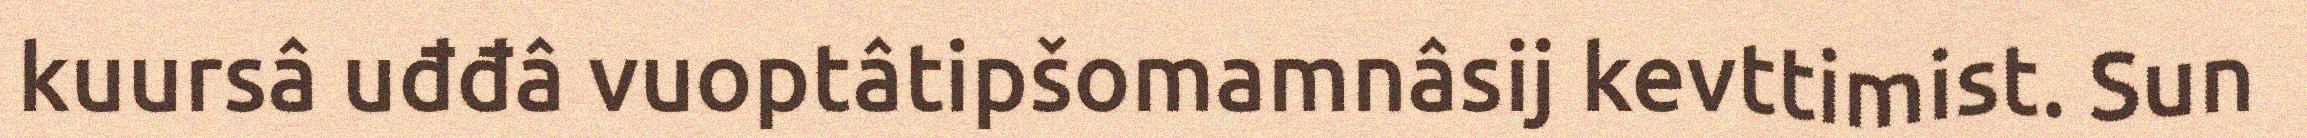
kuursâ uđđâ vuoptâtipšomamnâsij kevttimist. Sun